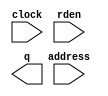
// megafunction wizard: %ROM: 1-PORT%VBB%
// GENERATION: STANDARD
// VERSION: WM1.0
// MODULE: altsyncram 

// ============================================================
// Megafunction Name(s):
// 			altsyncram
//
// Simulation Library Files(s):
// 			altera_mf
// ============================================================
// ************************************************************
// THIS IS A WIZARD-GENERATED FILE. DO NOT EDIT THIS FILE!
//
// 15.0.0 Build 145 04/22/2015 SJ Full Version
// ************************************************************

//Copyright (C) 1991-2015 Altera Corporation. All rights reserved.
//Your use of Altera Corporation's design tools, logic functions 
//and other software and tools, and its AMPP partner logic 
//functions, and any output files from any of the foregoing 
//(including device programming or simulation files), and any 
//associated documentation or information are expressly subject 
//to the terms and conditions of the Altera Program License 
//Subscription Agreement, the Altera Quartus II License Agreement,
//the Altera MegaCore Function License Agreement, or other 
//applicable license agreement, including, without limitation, 
//that your use is for the sole purpose of programming logic 
//devices manufactured by Altera and sold by Altera or its 
//authorized distributors.  Please refer to the applicable 
//agreement for further details.

module ROM (
	address,
	clock,
	rden,
	q);

	input	[8:0]  address;
	input	  clock;
	input	  rden;
	output	[223:0]  q;
`ifndef ALTERA_RESERVED_QIS
// synopsys translate_off
`endif
	tri1	  clock;
	tri1	  rden;
`ifndef ALTERA_RESERVED_QIS
// synopsys translate_on
`endif

endmodule

// ============================================================
// CNX file retrieval info
// ============================================================
// Retrieval info: PRIVATE: ADDRESSSTALL_A NUMERIC "0"
// Retrieval info: PRIVATE: AclrAddr NUMERIC "0"
// Retrieval info: PRIVATE: AclrByte NUMERIC "0"
// Retrieval info: PRIVATE: AclrOutput NUMERIC "0"
// Retrieval info: PRIVATE: BYTE_ENABLE NUMERIC "0"
// Retrieval info: PRIVATE: BYTE_SIZE NUMERIC "8"
// Retrieval info: PRIVATE: BlankMemory NUMERIC "0"
// Retrieval info: PRIVATE: CLOCK_ENABLE_INPUT_A NUMERIC "0"
// Retrieval info: PRIVATE: CLOCK_ENABLE_OUTPUT_A NUMERIC "0"
// Retrieval info: PRIVATE: Clken NUMERIC "0"
// Retrieval info: PRIVATE: IMPLEMENT_IN_LES NUMERIC "0"
// Retrieval info: PRIVATE: INIT_FILE_LAYOUT STRING "PORT_A"
// Retrieval info: PRIVATE: INIT_TO_SIM_X NUMERIC "0"
// Retrieval info: PRIVATE: INTENDED_DEVICE_FAMILY STRING "Stratix V"
// Retrieval info: PRIVATE: JTAG_ENABLED NUMERIC "0"
// Retrieval info: PRIVATE: JTAG_ID STRING "NONE"
// Retrieval info: PRIVATE: MAXIMUM_DEPTH NUMERIC "0"
// Retrieval info: PRIVATE: MIFfilename STRING "../ROM/pic.mif"
// Retrieval info: PRIVATE: NUMWORDS_A NUMERIC "300"
// Retrieval info: PRIVATE: RAM_BLOCK_TYPE NUMERIC "0"
// Retrieval info: PRIVATE: RegAddr NUMERIC "1"
// Retrieval info: PRIVATE: RegOutput NUMERIC "1"
// Retrieval info: PRIVATE: SYNTH_WRAPPER_GEN_POSTFIX STRING "0"
// Retrieval info: PRIVATE: SingleClock NUMERIC "1"
// Retrieval info: PRIVATE: UseDQRAM NUMERIC "0"
// Retrieval info: PRIVATE: WidthAddr NUMERIC "9"
// Retrieval info: PRIVATE: WidthData NUMERIC "224"
// Retrieval info: PRIVATE: rden NUMERIC "1"
// Retrieval info: LIBRARY: altera_mf altera_mf.altera_mf_components.all
// Retrieval info: CONSTANT: ADDRESS_ACLR_A STRING "NONE"
// Retrieval info: CONSTANT: CLOCK_ENABLE_INPUT_A STRING "BYPASS"
// Retrieval info: CONSTANT: CLOCK_ENABLE_OUTPUT_A STRING "BYPASS"
// Retrieval info: CONSTANT: INIT_FILE STRING "../ROM/pic.mif"
// Retrieval info: CONSTANT: INTENDED_DEVICE_FAMILY STRING "Stratix V"
// Retrieval info: CONSTANT: LPM_HINT STRING "ENABLE_RUNTIME_MOD=NO"
// Retrieval info: CONSTANT: LPM_TYPE STRING "altsyncram"
// Retrieval info: CONSTANT: NUMWORDS_A NUMERIC "300"
// Retrieval info: CONSTANT: OPERATION_MODE STRING "ROM"
// Retrieval info: CONSTANT: OUTDATA_ACLR_A STRING "NONE"
// Retrieval info: CONSTANT: OUTDATA_REG_A STRING "CLOCK0"
// Retrieval info: CONSTANT: WIDTHAD_A NUMERIC "9"
// Retrieval info: CONSTANT: WIDTH_A NUMERIC "224"
// Retrieval info: CONSTANT: WIDTH_BYTEENA_A NUMERIC "1"
// Retrieval info: USED_PORT: address 0 0 9 0 INPUT NODEFVAL "address[8..0]"
// Retrieval info: USED_PORT: clock 0 0 0 0 INPUT VCC "clock"
// Retrieval info: USED_PORT: q 0 0 224 0 OUTPUT NODEFVAL "q[223..0]"
// Retrieval info: USED_PORT: rden 0 0 0 0 INPUT VCC "rden"
// Retrieval info: CONNECT: @address_a 0 0 9 0 address 0 0 9 0
// Retrieval info: CONNECT: @clock0 0 0 0 0 clock 0 0 0 0
// Retrieval info: CONNECT: @rden_a 0 0 0 0 rden 0 0 0 0
// Retrieval info: CONNECT: q 0 0 224 0 @q_a 0 0 224 0
// Retrieval info: GEN_FILE: TYPE_NORMAL ROM.v TRUE
// Retrieval info: GEN_FILE: TYPE_NORMAL ROM.inc FALSE
// Retrieval info: GEN_FILE: TYPE_NORMAL ROM.cmp FALSE
// Retrieval info: GEN_FILE: TYPE_NORMAL ROM.bsf FALSE
// Retrieval info: GEN_FILE: TYPE_NORMAL ROM_inst.v FALSE
// Retrieval info: GEN_FILE: TYPE_NORMAL ROM_bb.v TRUE
// Retrieval info: LIB_FILE: altera_mf